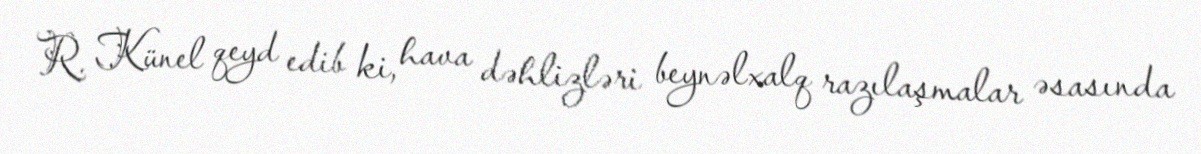
R. Künel qeyd edib ki, hava dəhlizləri beynəlxalq razılaşmalar əsasında